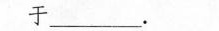
于_______。